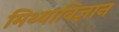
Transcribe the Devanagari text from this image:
मिथ्याविज्ञान